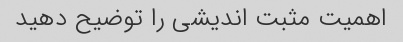
اهمیت مثبت اندیشی را توضیح دهید